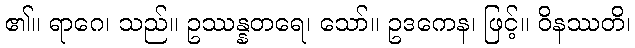
၏။ ရာဂေ၊ သည်။ ဥဿန္နတရေ၊ သော်။ ဥဒကေန၊ ဖြင့်။ ဝိနဿတိ၊